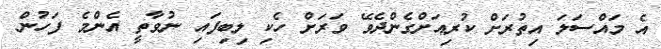
އެ މައްސަލަ އިތުރަށް ކުރިއަށްގެންދެވޭ ވަރަށް ހެކި ލިބިފައި ނުވާތީ އެންމެ ފަހުން